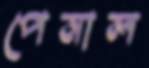
পেনাল